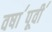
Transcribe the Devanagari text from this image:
वषा॔पूवी॔